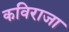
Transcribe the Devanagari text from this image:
कविराजा